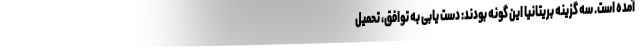
آمده است. سه گزینه بریتانیا این گونه بودند: دست یابی به توافق، تحمیل